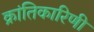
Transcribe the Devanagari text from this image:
क्रांतिकारिणी